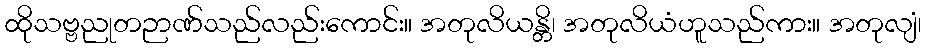
ထိုသဗ္ဗညုတဉာဏ်သည်လည်းကောင်း။ အတုလိယန္တိ၊ အတုလိယံဟူသည်ကား။ အတုလျံ၊